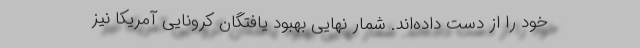
خود را از دست داده‌اند. شمار نهایی بهبود یافتگان کرونایی آمریکا نیز